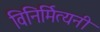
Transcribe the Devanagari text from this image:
विनिर्मित्यनी